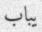
يباب